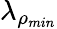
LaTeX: \lambda_{\rho_{min}}